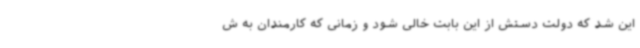
این شد که دولت دستش از این بابت خالی شود و زمانی که کارمندان به ش